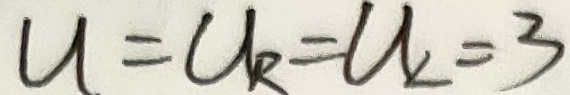
u = U _ { R } = U _ { 2 } = 3